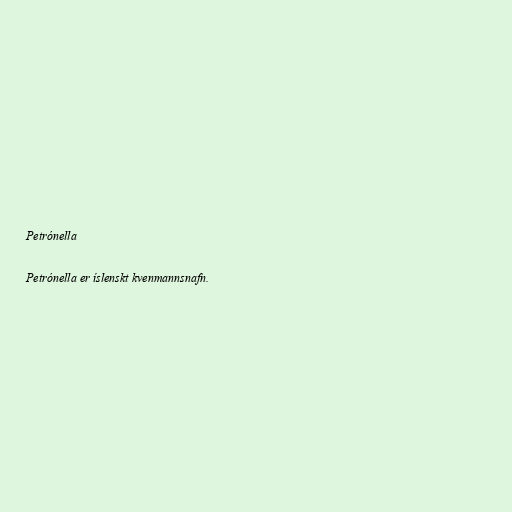
Petrónella

Petrónella er íslenskt kvenmannsnafn.